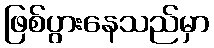
ဖြစ်ပွားနေသည်မှာ